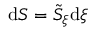
\mathrm { d } S = \tilde { S } _ { \xi } \mathrm { d } \xi